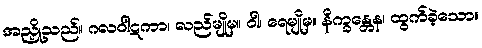
အညှို့သည်။ ဂလဝါဋကာ၊ လည်မျိုမှ။ ဝါ၊ ရေမျိုမှ။ နိက္ခန္တေန၊ ထွက်ခဲ့သော။